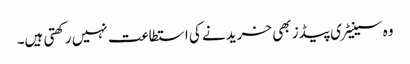
وہ سینیٹری پیڈز بھی خریدنے کی استطاعت نہیں رکھتی ہیں۔